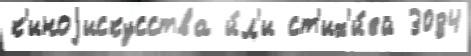
к'иноjискусства и́л'и ст'их'и́ей 3084